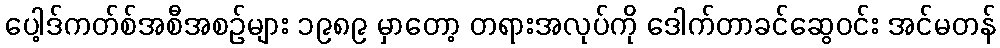
ပေါ့ဒ်ကတ်စ်အစီအစဉ်များ ၁၉၈၉ မှာတော့ တရားအလုပ်ကို ဒေါက်တာခင်ဆွေဝင်း အင်မတန်